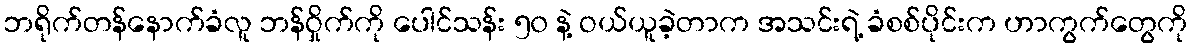
ဘရိုက်တန်နောက်ခံလူ ဘန်ဝှိုက်ကို ပေါင်သန်း ၅၀ နဲ့ ဝယ်ယူခဲ့တာက အသင်းရဲ့ ခံစစ်ပိုင်းက ဟာကွက်တွေကို